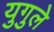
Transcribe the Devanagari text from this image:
युगुले